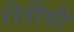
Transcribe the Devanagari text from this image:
रीतींची